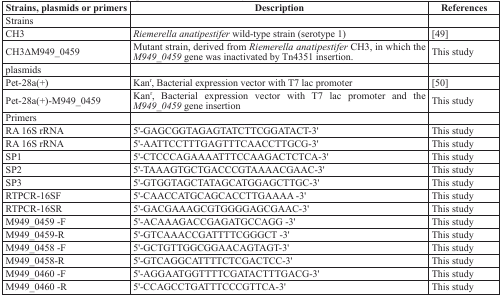
<table><thead><tr><td><b>Strains, plasmids or primers</b></td><td><b>Description</b></td><td><b>References</b></td></tr></thead><tbody><tr><td>Strains</td><td></td><td></td></tr><tr><td>CH3</td><td><i>Riemerella anatipestifer</i> wild-type strain (serotype 1)</td><td>[49]</td></tr><tr><td>CH3ΔM949_0459</td><td>Mutant strain, derived from <i>Riemerella anatipestifer</i> CH3, in which the <i>M949_0459</i> gene was inactivated by Tn4351 insertion.</td><td>This study</td></tr><tr><td>plasmids</td><td></td><td></td></tr><tr><td>Pet-28a(+)</td><td>Kan<sup>r</sup>, Bacterial expression vector with T7 lac promoter</td><td>[50]</td></tr><tr><td>Pet-28a(+)-M949_0459</td><td>Kan<sup>r</sup>, Bacterial expression vector with T7 lac promoter and the <i>M949_0459</i> gene insertion</td><td>This study</td></tr><tr><td>Primers</td><td></td><td></td></tr><tr><td>RA 16S rRNA</td><td>5&#x27;-GAGCGGTAGAGTATCTTCGGATACT-3&#x27;</td><td>This study</td></tr><tr><td>RA 16S rRNA</td><td>5&#x27;-AATTCCTTTGAGTTTCAACCTTGCG-3&#x27;</td><td>This study</td></tr><tr><td>SP1</td><td>5&#x27;-CTCCCAGAAAATTTCCAAGACTCTCA-3&#x27;</td><td>This study</td></tr><tr><td>SP2</td><td>5&#x27;-TAAAGTGCTGACCCGTAAAACGAAC-3&#x27;</td><td>This study</td></tr><tr><td>SP3</td><td>5&#x27;-GTGGTAGCTATAGCATGGAGCTTGC-3&#x27;</td><td>This study</td></tr><tr><td>RTPCR-16SF</td><td>5&#x27;-CAACCATGCAGCACCTTGAAAA -3&#x27;</td><td>This study</td></tr><tr><td>RTPCR-16SR</td><td>5&#x27;-GACGAAAGCGTGGGGAGCGAAC-3&#x27;</td><td>This study</td></tr><tr><td>M949_0459 -F</td><td>5&#x27;-ACAAAGACCGAGATGCCAGG -3&#x27;</td><td>This study</td></tr><tr><td>M949_0459-R</td><td>5&#x27;-GTCAAACCGATTTTCGGGCT -3&#x27;</td><td>This study</td></tr><tr><td>M949_0458 -F</td><td>5&#x27;-GCTGTTGGCGGAACAGTAGT-3&#x27;</td><td>This study</td></tr><tr><td>M949_0458-R</td><td>5&#x27;-GTCAGGCATTTTCTCGACTCC-3&#x27;</td><td>This study</td></tr><tr><td>M949_0460 -F</td><td>5&#x27;-AGGAATGGTTTTCGATACTTTGACG-3&#x27;</td><td>This study</td></tr><tr><td>M949_0460 -R</td><td>5&#x27;-CCAGCCTGATTTCCCGTTCA-3&#x27;</td><td>This study</td></tr></tbody></table>